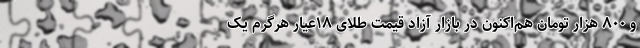
و ۸۰۰ هزار تومان هم‌اکنون در بازار آزاد قیمت طلای ۱۸عیار هرگرم یک